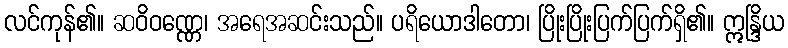
လင်ကုန်၏။ ဆဝိဝဏ္ဏေ၊ အရေအဆင်းသည်။ ပရိယောဒါတော၊ ပြိုးပြိုးပြက်ပြက်ရှိ၏။ ဣန္ဒြိယ